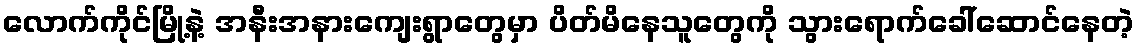
လောက်ကိုင်မြို့နဲ့ အနီးအနားကျေးရွာတွေမှာ ပိတ်မိနေသူတွေကို သွားရောက်ခေါ်ဆောင်နေတဲ့